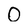
Character: 0